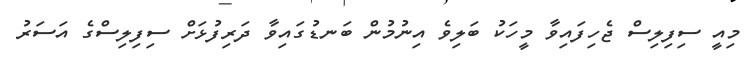
މިއީ ސިފިލިސް ޖެހިފައިވާ މީހަކު ބަލިވެ އިނުމުން ބަނޑުގައިވާ ދަރިފުޅަށް ސިފިލިސްގެ އަސަރު